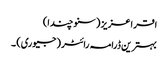
اقرا عزیز ( سنو چندا)
بہترین ڈرامہ رائٹر (جیوری) ۔